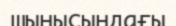
шынысындағы